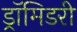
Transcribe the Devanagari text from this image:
ड्रॉमिडरी